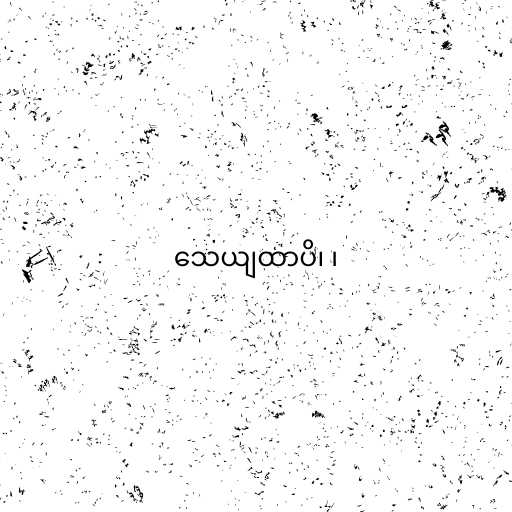
သေယျထာပိ၊ ၊